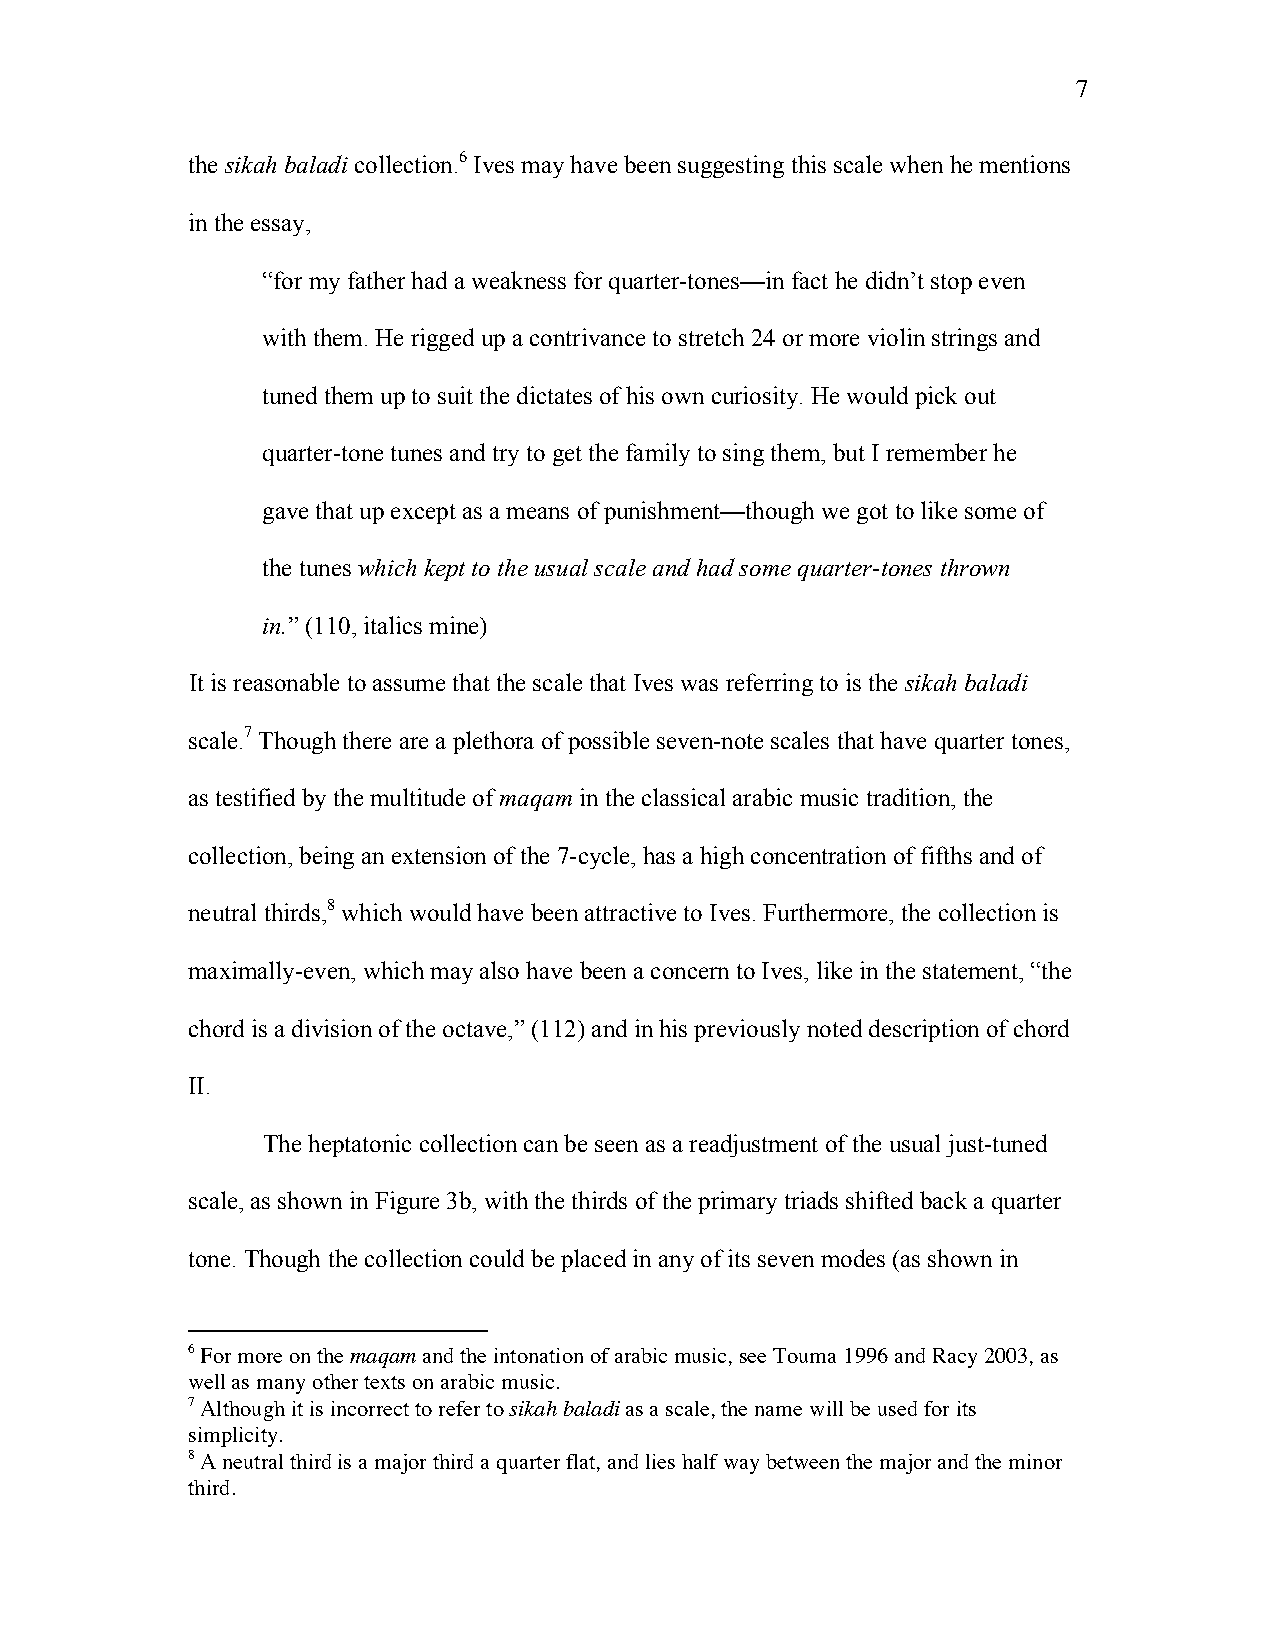
7
 the sikah baladi collection.6 Ives may have been suggesting this scale when he mentions
 in the essay,
 “for my father had a weakness for quarter-tones—in fact he didn’t stop even
 with them. He rigged up a contrivance to stretch 24 or more violin strings and
 tuned them up to suit the dictates of his own curiosity. He would pick out
 quarter-tone tunes and try to get the family to sing them, but I remember he
 gave that up except as a means of punishment—though we got to like some of
 the tunes which kept to the usual scale and had some quarter-tones thrown
 in.” (110, italics mine)
 It is reasonable to assume that the scale that Ives was referring to is the sikah baladi
 scale.7 Though there are a plethora of possible seven-note scales that have quarter tones,
 as testified by the multitude of maqam in the classical arabic music tradition, the
 collection, being an extension of the 7-cycle, has a high concentration of fifths and of
 neutral thirds,8 which would have been attractive to Ives. Furthermore, the collection is
 maximally-even, which may also have been a concern to Ives, like in the statement, “the
 chord is a division of the octave,” (112) and in his previously noted description of chord
 II.
 The heptatonic collection can be seen as a readjustment of the usual just-tuned
 scale, as shown in Figure 3b, with the thirds of the primary triads shifted back a quarter
 tone. Though the collection could be placed in any of its seven modes (as shown in
 6 For more on the maqam and the intonation of arabic music, see Touma 1996 and Racy 2003, as
 well as many other texts on arabic music.
 7 Although it is incorrect to refer to sikah baladi as a scale, the name will be used for its
 simplicity.
 8 A neutral third is a major third a quarter flat, and lies half way between the major and the minor
 third.